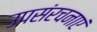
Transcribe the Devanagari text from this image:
उपसंरचनाएं